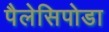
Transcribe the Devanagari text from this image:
पैलेसिपोडा